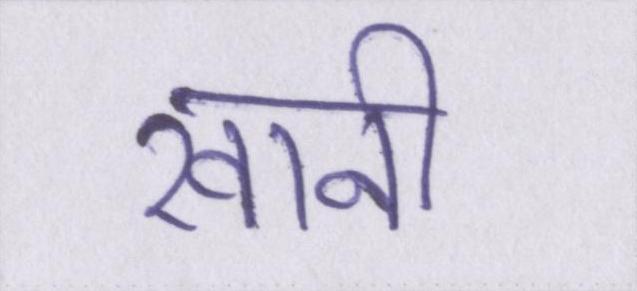
खानी